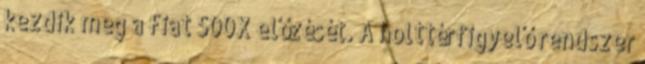
kezdik meg a Fiat 500X előzését. A holttérfigyelő rendszer